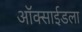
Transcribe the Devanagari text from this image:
ऑक्साईडला